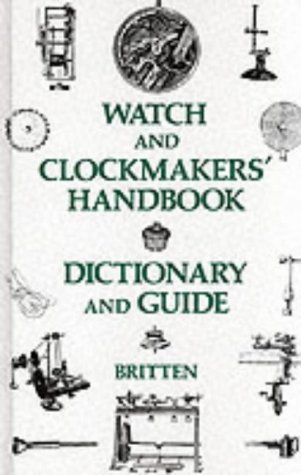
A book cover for Watch and Clockmaker's Handbook, Dictionary and Guide; F. J. Britten; Crafts, Hobbies & Home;